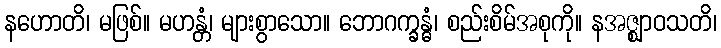
နဟောတိ၊ မဖြစ်။ မဟန္တံ၊ များစွာသော။ ဘောဂက္ခန္ဓံ၊ စည်းစိမ်အစုကို။ နအဇ္ဈာဝသတိ၊